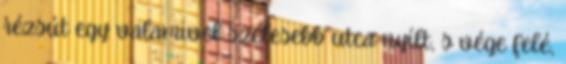
rézsút egy valamivel szélesebb utca nyílt, s vége felé,